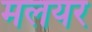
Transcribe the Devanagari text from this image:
मलयर